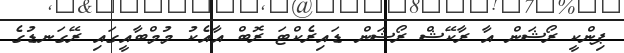
ޕިންކީ ރޯޝަން އާ ރާކޭޝް ރޯޝަން ޑައިރެކްޓަ ރޮބް އާއެކު މުމްބާއީގައި ރޭގަނޑުގެ